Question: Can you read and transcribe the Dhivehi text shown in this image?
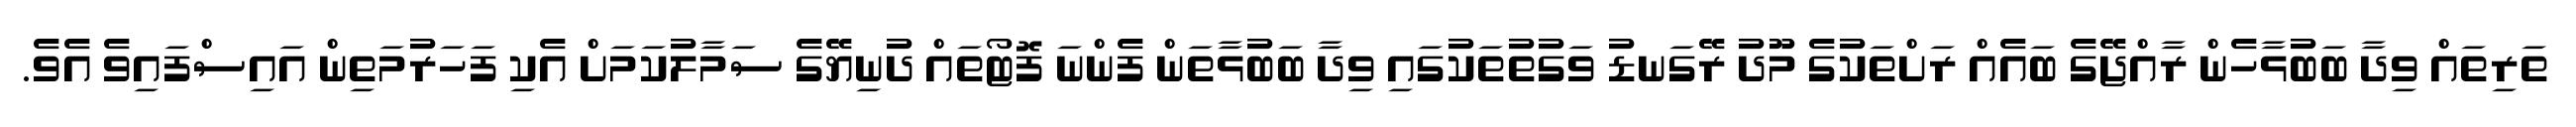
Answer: ތަރިތައް ވިދާ ބަބުޅާހެން ރާއްޖޭގެ ބައެއް ރަށްތަކުގެ މޫދު ރޭގަނޑު ވަގުތުތަކުގައި ވިދާ ބަބުޅާތަން ފެންނަ ފޮޓޯތައް ދުނިޔޭގެ ސަމާލުކަމަށް އެކި ފަހަރުމަތިން އައިސްފައިވެ އެވެ.